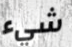
شيء